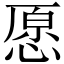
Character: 愿